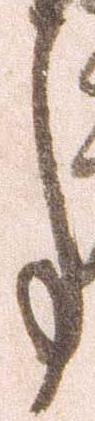
事